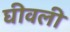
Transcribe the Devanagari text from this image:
घीवली